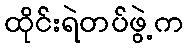
ထိုင်းရဲတပ်ဖွဲ့က